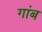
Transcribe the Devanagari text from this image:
गांब